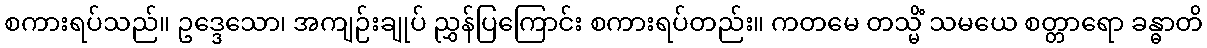
စကားရပ်သည်။ ဥဒ္ဒေသော၊ အကျဉ်းချုပ် ညွှန်ပြကြောင်း စကားရပ်တည်း။ ကတမေ တသ္မိံ သမယေ စတ္တာရော ခန္ဓာတိ